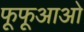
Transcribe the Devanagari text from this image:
फूफूआओ